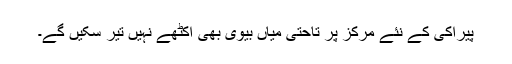
پیراکی کے نئے مرکز پر تاحتٰی میاں بیوی بھی اکٹھے نہیں تیر سکیں گے۔